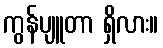
ကွန်ပျူတာ ရှိလား။